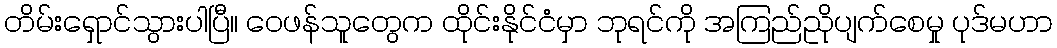
တိမ်းရှောင်သွားပါပြီ၊၊ ဝေဖန်သူတွေက ထိုင်းနိုင်ငံမှာ ဘုရင်ကို အကြည်ညိုပျက်စေမှု ပုဒ်မဟာ